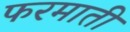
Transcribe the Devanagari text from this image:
फरमाती